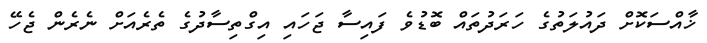
ޚާއްސަކޮށް ދައުލަތުގެ ހަރަދުތައް ބޮޑުވެ ފައިސާ ޖަހައި އިގްތިސާދުގެ ތެރެއަށް ނެރެން ޖެހޭ